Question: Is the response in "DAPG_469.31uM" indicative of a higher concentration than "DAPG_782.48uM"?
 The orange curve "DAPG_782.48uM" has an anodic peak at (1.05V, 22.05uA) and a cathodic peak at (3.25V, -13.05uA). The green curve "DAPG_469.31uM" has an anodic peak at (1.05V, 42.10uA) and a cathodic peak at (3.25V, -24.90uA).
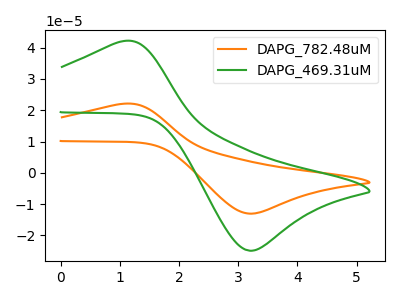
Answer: <think>All the peaks in "DAPG_469.31uM" have a peak in "DAPG_782.48uM" at the same potential. Every peak in "DAPG_469.31uM" is higher than every peak in "DAPG_782.48uM".
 </think>
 <answer>"DAPG_469.31uM" has more signal than "DAPG_782.48uM".</answer>
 <eval>more_signal</eval>